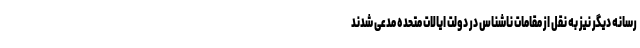
رسانه دیگر نیز به نقل از مقامات ناشناس در دولت ایالات متحده مدعی شدند